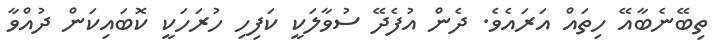
ތިބޭނެބާއޭ ހިތައް އަރައެވެ. ދެން އުފެދޭ ސުވާލަކީ ކަފިހި ހުރަހަކީ ކޮބައިކަން ދުއްވާ